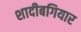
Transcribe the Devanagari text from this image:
शादीबगियार